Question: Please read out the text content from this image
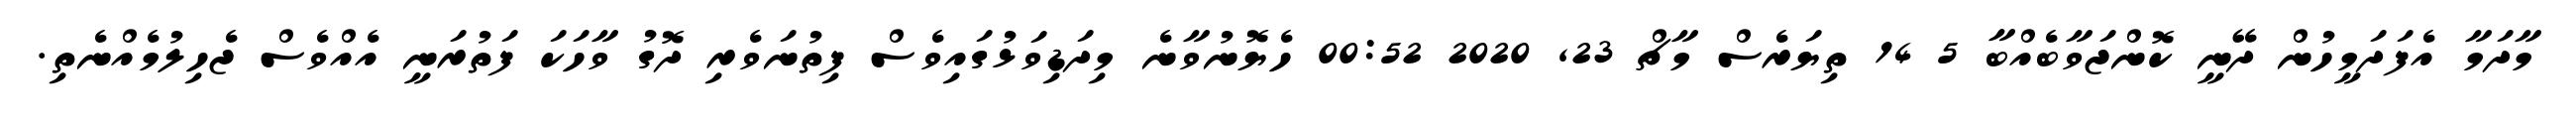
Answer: މާދަމާ އެފަދަމީހުން ދޭނީ ކޮންޖަވާބެއްބާ 5 14 ތިޔަރެސް މާޗް 23, 2020 00:52 ހެޔޮނުވާނެ މިދަޑިވަޅުގައިވެސް ފިތުނަވެރި ދޮގު ވާހަކަ ފަތުރަނީ އެއްވެސް ޖެހިލުމެއްނެތި.